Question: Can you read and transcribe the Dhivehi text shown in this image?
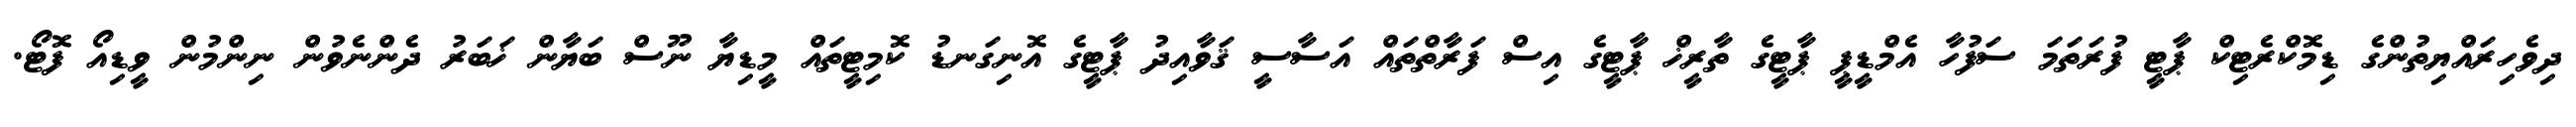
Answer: ދިވެހިރައްޔިތުންގެ ޑިމޮކްރެޓިކް ޕާޓީ ފުރަތަމަ ސަފުހާ އެމްޑީޕީ ޕާޓީގެ ތާރީޚް ޕާޓީގެ އިސް ފަރާތްތައް އަސާސީ ޤަވާއިދު ޕާޓީގެ އޮނިގަނޑު ކޮމިޓީތައް މީޑިޔާ ނޫސް ބަޔާން ޚަބަރު ދެންނެވުން ނިންމުން ވީޑިއޯ ފޮޓޯ.